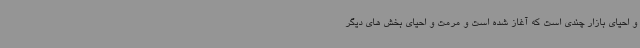
و احیای بازار چندی است که آغاز شده است و مرمت و احیای بخش های دیگر